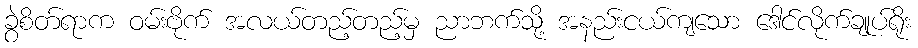
ခွဲစိတ်ရာက ဝမ်းဗိုက် အလယ်တည့်တည့်မှ ညာဘက်သို့ အနည်းငယ်ကျသော ဒေါင်လိုက်ချုပ်ရိုး